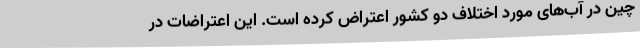
چین در آب‌های مورد اختلاف دو کشور اعتراض کرده است. این اعتراضات در